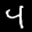
Label: 4